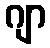
ဂျာ